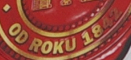
OD ROKU 1842